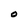
Character: O